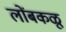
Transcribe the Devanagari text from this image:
लोंबकळू